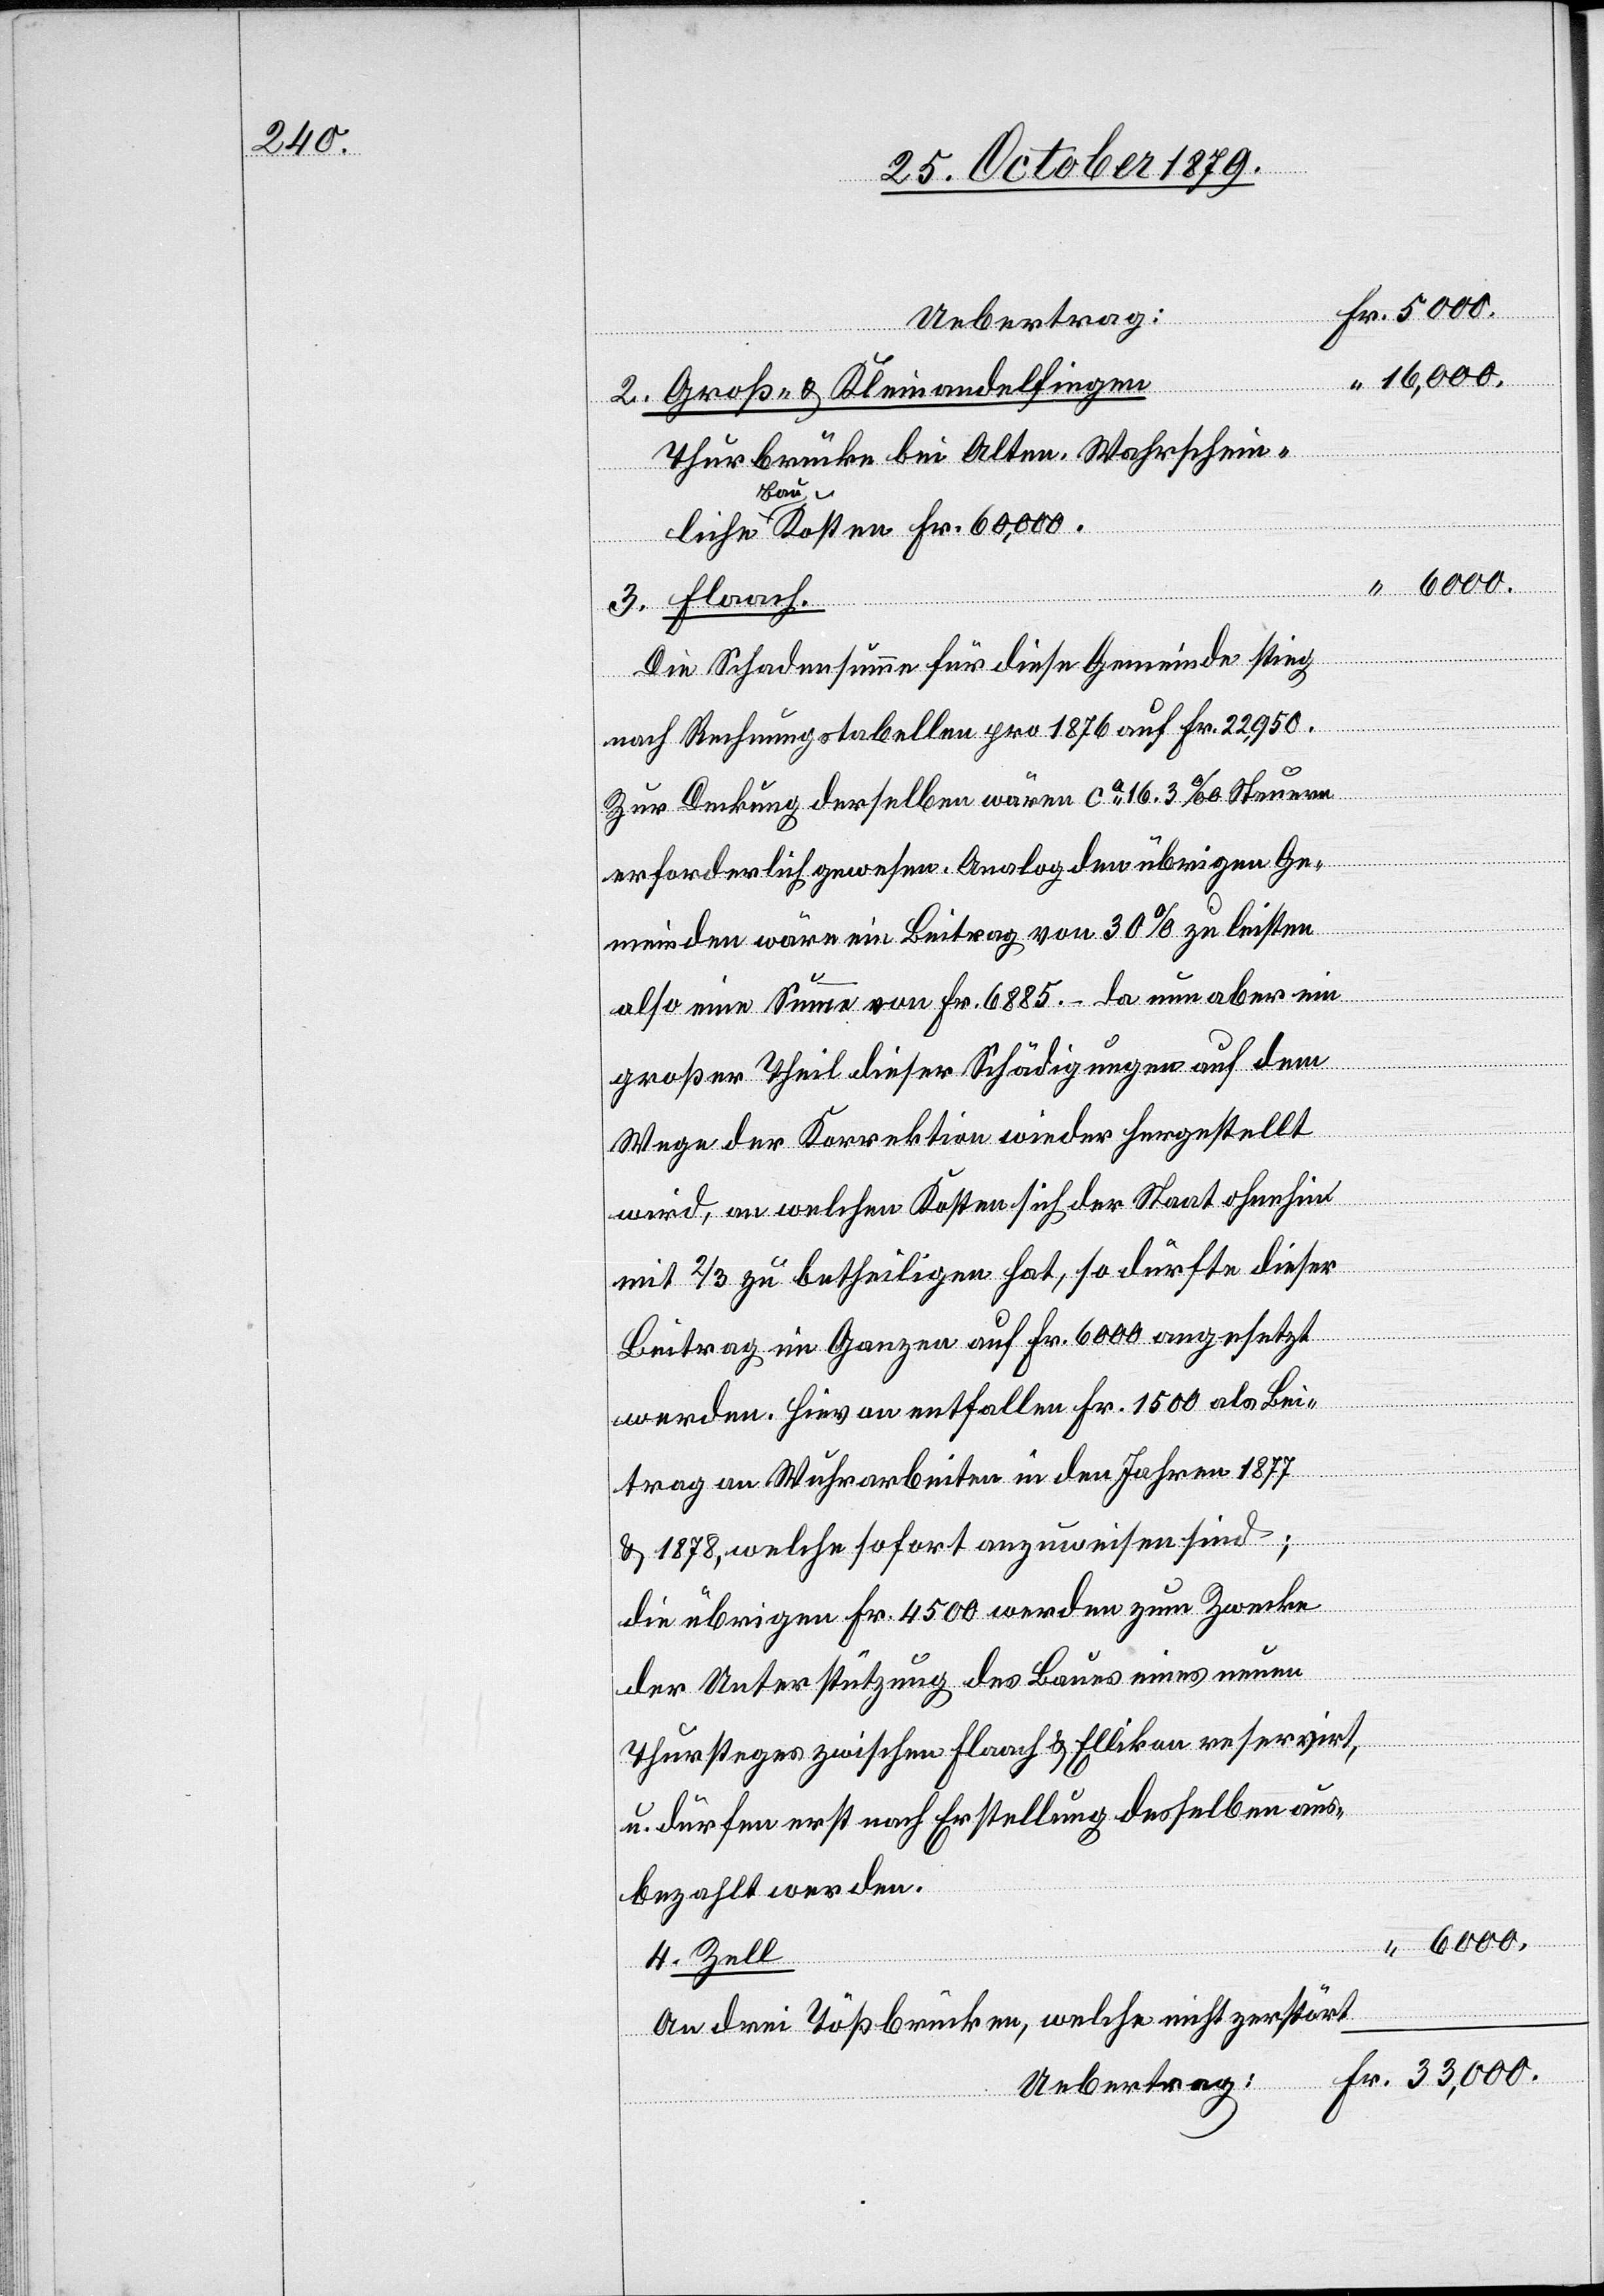
Fr. 6000.
Uebertrag
“ 16,000.
2. Groß- & Kleinandelfingen.
Thurbrücke bei Olten. Wahrschein¬
liche Baukosten Fr. 60,000.
3. Flaach.
Die Schadensumme für diese Gemeinde stieg
nach Rechnungstabelle pro 1876 auf Fr. 22,950.
Zur Deckung derselben wären ca 16,3 % Steuern
erforderlich gewesen. Analog den übrigen Ge¬
meinden wäre ein Beitrag von 30 % zu leisten
also eine Summe von Fr. 6885.– da nun aber ein
großer Theil dieser Schädigungen auf dem
Wege der Korrektion wieder hergestellt
wird, an welchen Kosten sich der Staat ohnehin
mit 2/3 zu betheiligen hat, so dürfte dieser
Beitrag im Ganzen auf Fr. 6000 angesetzt
werden. Hievon entfallen Fr. 1500 als Bei¬
trag an Wuhrarbeiten in den Jahren 1877
& 1878, welche sofort anzuweisen sind;
die übrigen Fr. 4500 werden zum Zwecke
der Unterstützung des Baues eines neuen
Thursteges zwischen Flaach & Ellikon reservirt,
u. dürfen erst nach Erstellung desselben aus¬
bezahlt werden.
“ 6000.
4. Zell.
An drei Tößbrücken, welche nicht zerstört